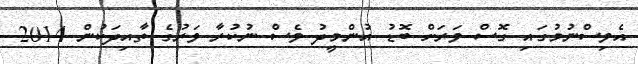
އެވިސްނުމުގައި ގޮސް ވަރަށް ބޮޑު އުންމީދު ވެސް ނުކުރާ ވަރުގެ ތާއިދަކުން 2014